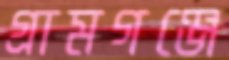
গ্রামগঞ্জে